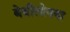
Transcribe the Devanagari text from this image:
बेबीलोनया